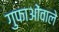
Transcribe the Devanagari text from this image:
गुफाओंवाले